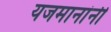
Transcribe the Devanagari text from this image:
यजमानांनी